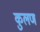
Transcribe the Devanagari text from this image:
कुलण